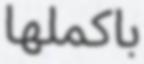
باكملھا